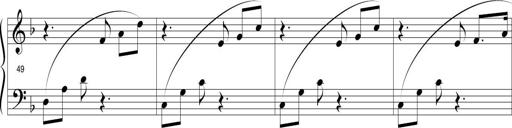
Title: Sonatina in D minor
Composer: Paul Csige
Key: D minor